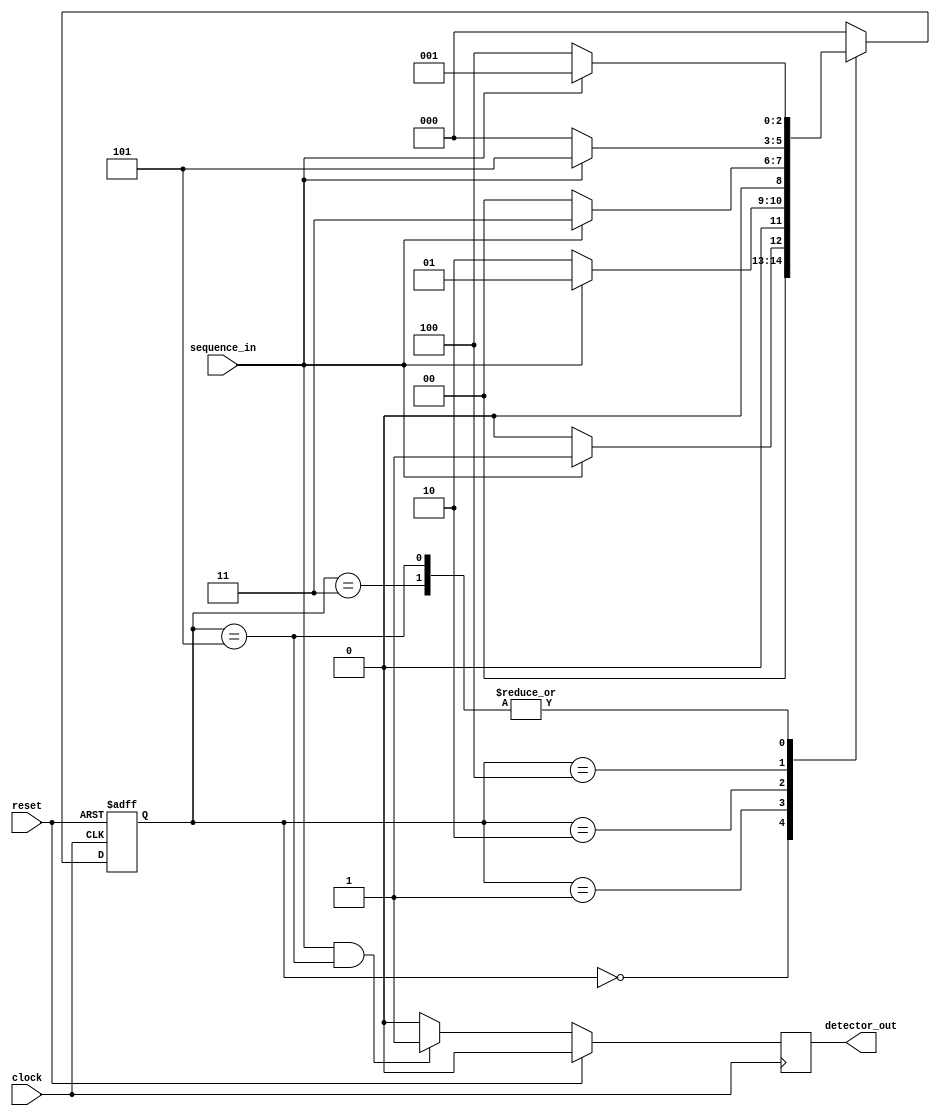
module iiitb_SDM(sequence_in,clock,reset,detector_out);
input clock; // clock signal
input reset; // reset input
input sequence_in; // binary input
output reg detector_out; // output of the sequence detector
parameter  Zero=3'b000, // "Zero" State
  One=3'b001, // "One" State
  OneZero=3'b010, // "OneZero" State
  OneZeroOne=3'b011, // "OnceZeroOne" State
  OneZeroOneZero=3'b100,// "OneZeroOneOne" State
  OneZeroOneZeroOne=3'b101;
reg [2:0] current_state, next_state; // current state and next state
// sequential memory of the Moore FSM
always @(posedge clock, posedge reset)
begin
 if(reset==1) 
 current_state <= Zero;// when reset=1, reset the state of the FSM to "Zero" State
 else
 current_state <= next_state; // otherwise, next state
end 
// combinational logic of the Mealy FSM
// to determine next state 
always @(current_state,sequence_in)
begin
 case(current_state) 
 Zero:begin
  if(sequence_in==1)
   next_state <= One;
  else
   next_state <= Zero;
 end
 One:begin
  if(sequence_in==0)
   next_state <= OneZero;
  else
   next_state <= One;
 end
 OneZero:begin
  if(sequence_in==0)
   next_state <= Zero;
  else
   next_state <= OneZeroOne;
 end 
 OneZeroOne:begin
  if(sequence_in==1)
   next_state <= One;
  else
   next_state <= OneZeroOneZero;
 end
 OneZeroOneZero:begin
  if(sequence_in==0)
   next_state <= Zero;
  else
   next_state <= OneZeroOneZeroOne;
 end
 OneZeroOneZeroOne:begin
 if(sequence_in==1)
 next_state <= One;
 else
 next_state=OneZeroOneZero;
 end
 default:next_state <= Zero;
 endcase
end
// combinational logic to determine the output
// of the Mealy FSM, output  depends on current state and present input
always @(posedge clock)
begin 
 if (reset==1) detector_out <= 1'b0;
    else begin
      if (sequence_in & (current_state == OneZeroOneZeroOne)) detector_out <= 1'b1;
      else detector_out <= 1'b0;
    end
end 
endmodule